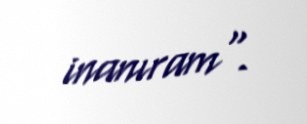
inanıram".